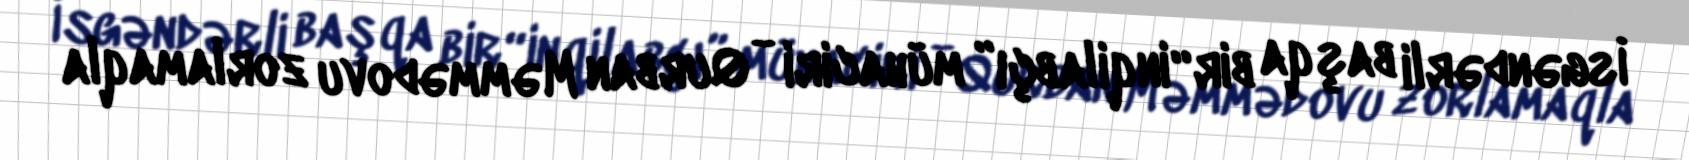
İsgəndərli başqa bir “inqilabçı” mühaciri - Qurban Məmmədovu zorlamaqla